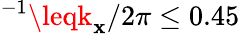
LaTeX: ^{-1}\leqk_{\mathbf{x}}/2\pi\leq0.45